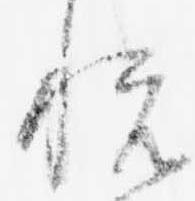
悦